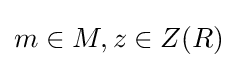
m\in M,z\in Z(R)